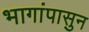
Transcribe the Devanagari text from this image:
भागांपासुन